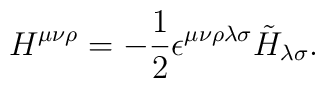
H^{\mu\nu\rho} = - {1\over 2} \epsilon^{\mu\nu\rho\lambda\sigma}\tilde{H}_{\lambda\sigma}.